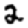
Digit: 2